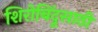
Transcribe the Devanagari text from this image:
शिरोबिंदूसाठी